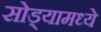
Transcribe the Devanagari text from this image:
सोड्यामध्ये